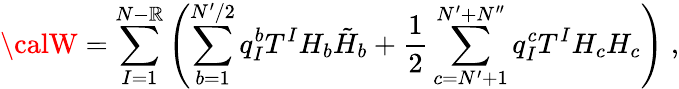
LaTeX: {\calW}=\sum_{I=1}^{N-\mathbb{R}}\left(\sum_{b=1}^{N^{\prime}/2}q_{I}^{b}T^{I}H_{b}\tilde{{H}}_{b}+\frac{{1}}{{2}}\sum_{c=N^{\prime}+1}^{N^{\prime}+N^{\prime\prime}}q_{I}^{c}T^{I}H_{c}H_{c}\right)\; ,